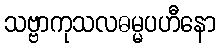
သဗ္ဗာကုသလဓမ္မပဟီနော